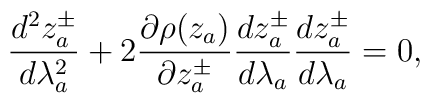
\frac{d^2z_a^\pm}{d\lambda_a^2} + 2  \frac{\partial\rho(z_a)}{\partial z_a^\pm} \frac{dz_a^\pm}{d\lambda_a}  \frac{dz_a^\pm}{d\lambda_a} = 0,